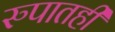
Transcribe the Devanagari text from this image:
रुपातही